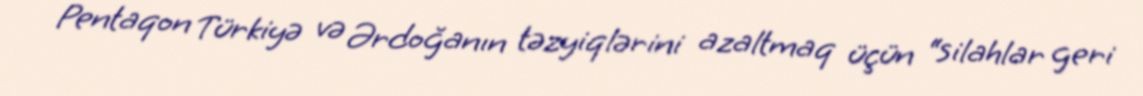
Pentaqon Türkiyə və Ərdoğanın təzyiqlərini azaltmaq üçün “silahlar geri